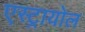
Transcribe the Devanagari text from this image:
एस्ट्रायोल